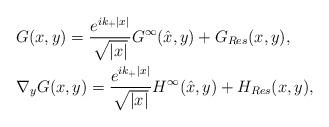
LaTeX: \begin{align*}& G(x,y) = \frac{e^{ik_{+}\vert x \vert}}{\sqrt{\vert x \vert}}G^{\infty}(\hat x, y) + G_{Res}(x,y), \\& \nabla_y G(x,y) = \frac{e^{ik_{+}\vert x \vert}}{\sqrt{\vert x \vert}}H^{\infty}(\hat x,y ) + H_{Res}(x,y), \end{align*}